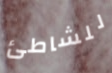
للشاطئ